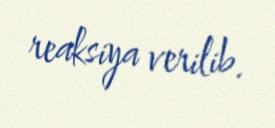
reaksiya verilib.